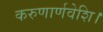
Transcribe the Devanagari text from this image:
करुणार्णवेशि।